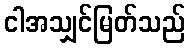
ငါအသျှင်မြတ်သည်